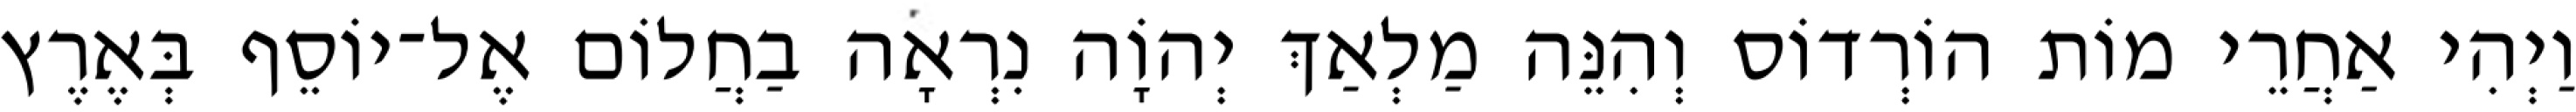
וַיְהִי אַחֲרֵי מוֹת הוֹרְדוֹס וְהִנֵּה מַלְאַךְ יְהוָֹה נִרְאָה בַחֲלוֹם אֶל־יוֹסֵף בְּאֶרֶץ